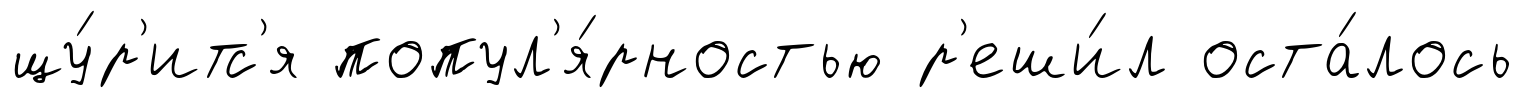
щу́р'итс'я попул'я́рностью р'еши́л оста́лось